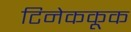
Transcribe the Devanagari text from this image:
टिनेककूक